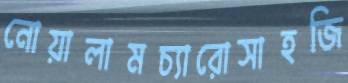
নোয়ালামচ্যারোসাহজি